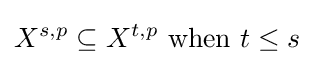
X^{s,p}\subseteq X^{t,p}{\mbox{ when }}t\leq s